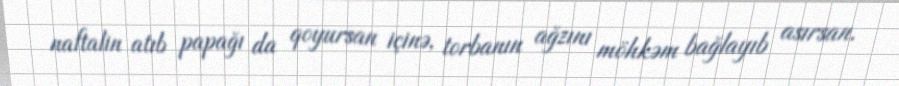
naftalin atıb papağı da qoyursan içinə, torbanın ağzını möhkəm bağlayıb asırsan.